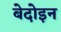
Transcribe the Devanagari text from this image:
बेदोइन